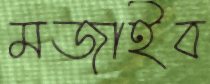
মজাইব